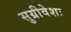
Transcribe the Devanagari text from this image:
सुग्रीवेशः